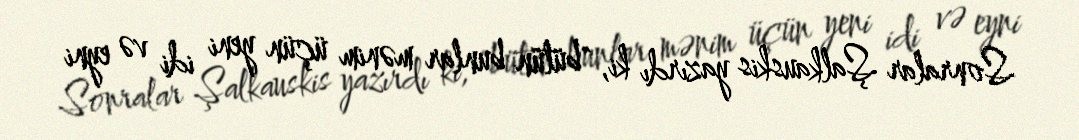
Sonralar Şalkauskis yazırdı ki, "bütün bunlar mənim üçün yeni idi və eyni